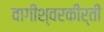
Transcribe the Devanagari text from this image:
वागीश्वरकीर्ती